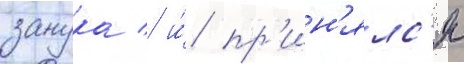
занука / и́ пр'ин'ялс'я